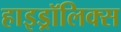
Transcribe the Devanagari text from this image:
हाइड्रॉलिक्स